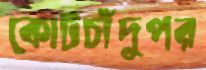
কোটচাঁদুপর